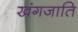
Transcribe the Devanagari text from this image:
खंगजाति